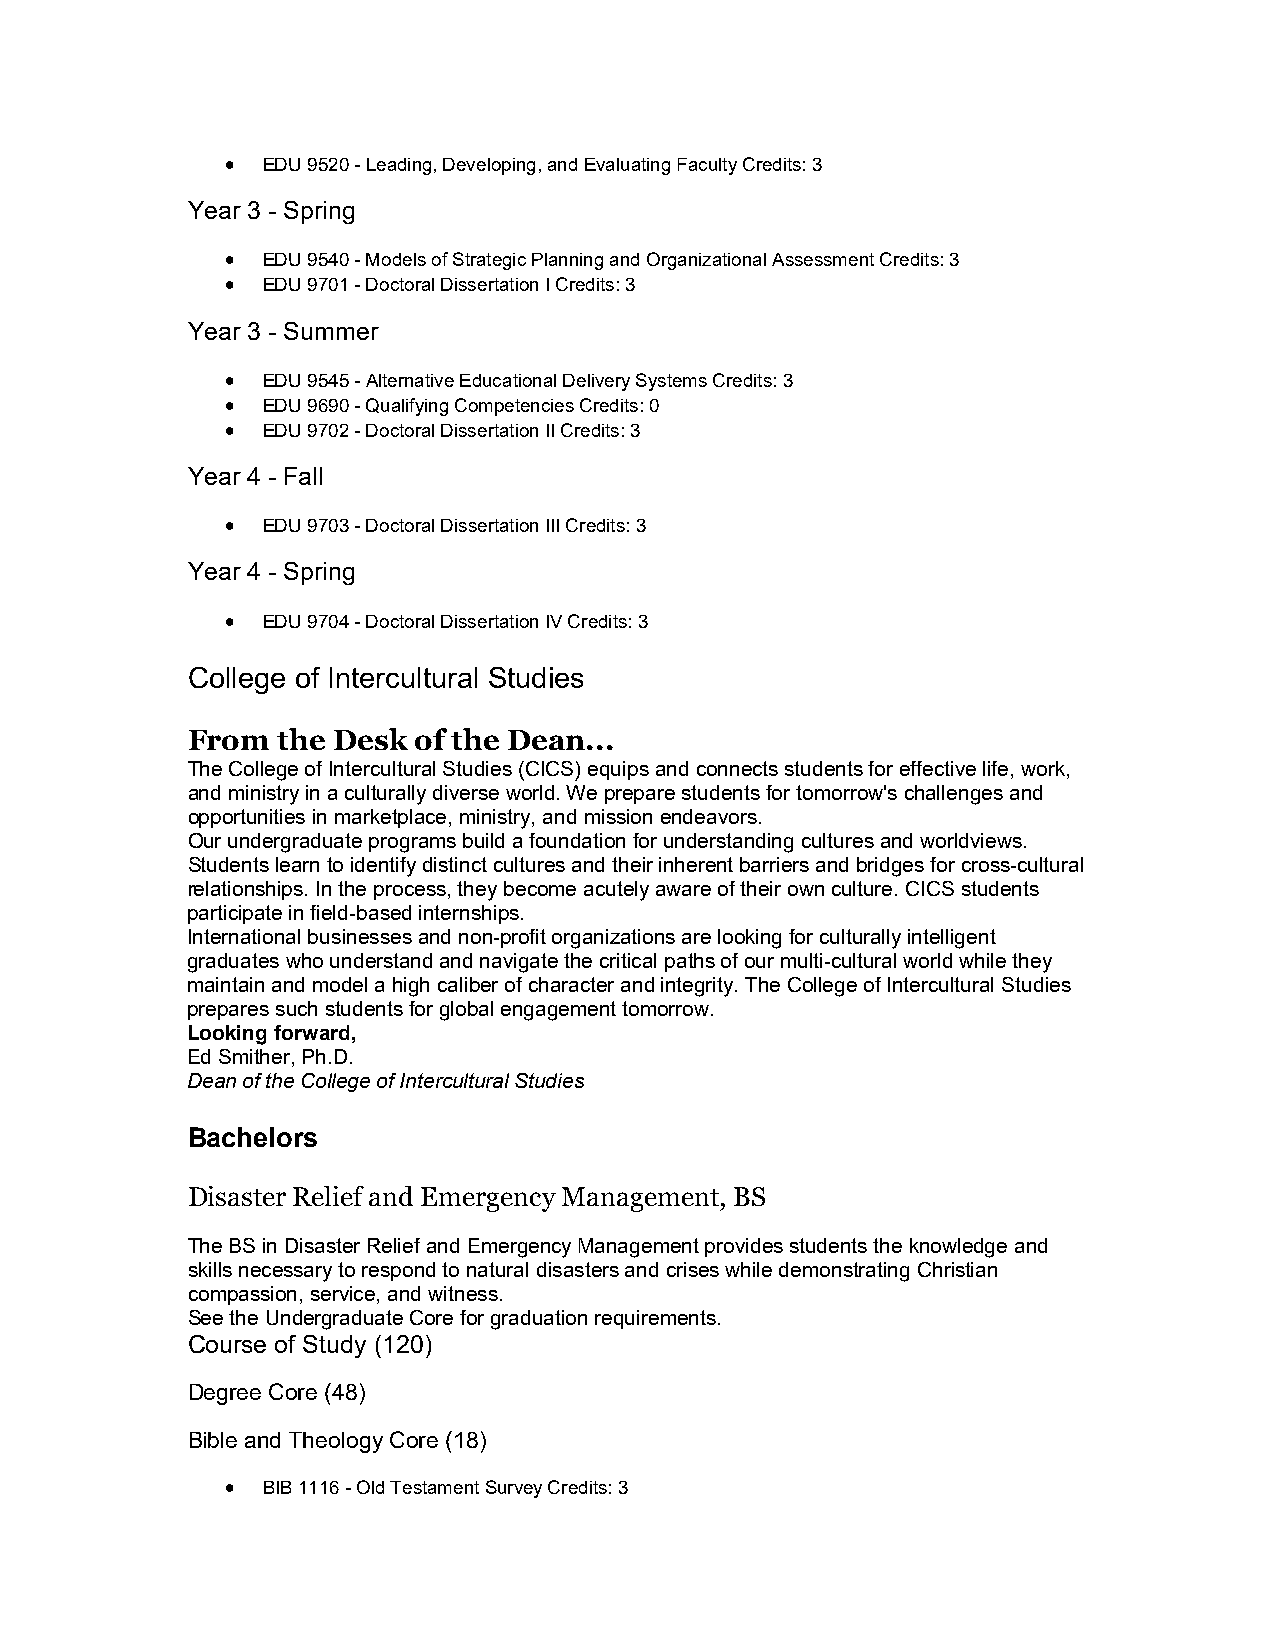
 EDU 9520 - Leading, Developing, and Evaluating Faculty Credits: 3
 Year 3 - Spring
  EDU 9540 - Models of Strategic Planning and Organizational Assessment Credits: 3
  EDU 9701 - Doctoral Dissertation I Credits: 3
 Year 3 - Summer
  EDU 9545 - Alternative Educational Delivery Systems Credits: 3
  EDU 9690 - Qualifying Competencies Credits: 0
  EDU 9702 - Doctoral Dissertation II Credits: 3
 Year 4 - Fall
  EDU 9703 - Doctoral Dissertation III Credits: 3
 Year 4 - Spring
  EDU 9704 - Doctoral Dissertation IV Credits: 3
 College of Intercultural Studies
 From  the Desk of the Dean...
 The College of Intercultural Studies (CICS) equips and connects students for effective life, work,
 and ministry in a culturally diverse world. We prepare students for tomorrow's challenges and
 opportunities in marketplace, ministry, and mission endeavors.
 Our undergraduate programs build a foundation for understanding cultures and worldviews.
 Students learn to identify distinct cultures and their inherent barriers and bridges for cross-cultural
 relationships. In the process, they become acutely aware of their own culture. CICS students
 participate in field-based internships.
 International businesses and non-profit organizations are looking for culturally intelligent
 graduates who understand and navigate the critical paths of our multi-cultural world while they
 maintain and model a high caliber of character and integrity. The College of Intercultural Studies
 prepares such students for global engagement tomorrow.
 Looking forward,
 Ed Smither, Ph.D.
 Dean of the College of Intercultural Studies
 Bachelors
 Disaster Relief and Emergency Management, BS
 The BS in Disaster Relief and Emergency Management provides students the knowledge and
 skills necessary to respond to natural disasters and crises while demonstrating Christian
 compassion, service, and witness.
 See the Undergraduate Core for graduation requirements.
 Course of Study (120)
 Degree Core (48)
 Bible and Theology Core (18)
  BIB 1116 - Old Testament Survey Credits: 3